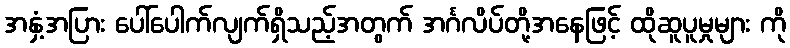
အနှံ့အပြား ပေါ်ပေါက်လျက်ရှိသည့်အတွက် အင်္ဂလိပ်တို့အနေဖြင့် ထိုဆူပူမှုများ ကို